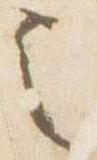
之